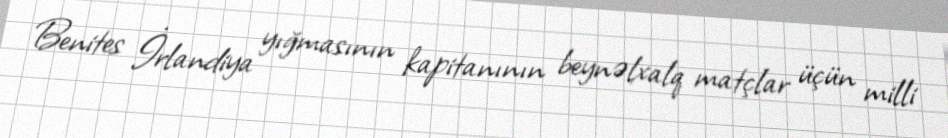
Benites İrlandiya yığmasının kapitanının beynəlxalq matçlar üçün milli